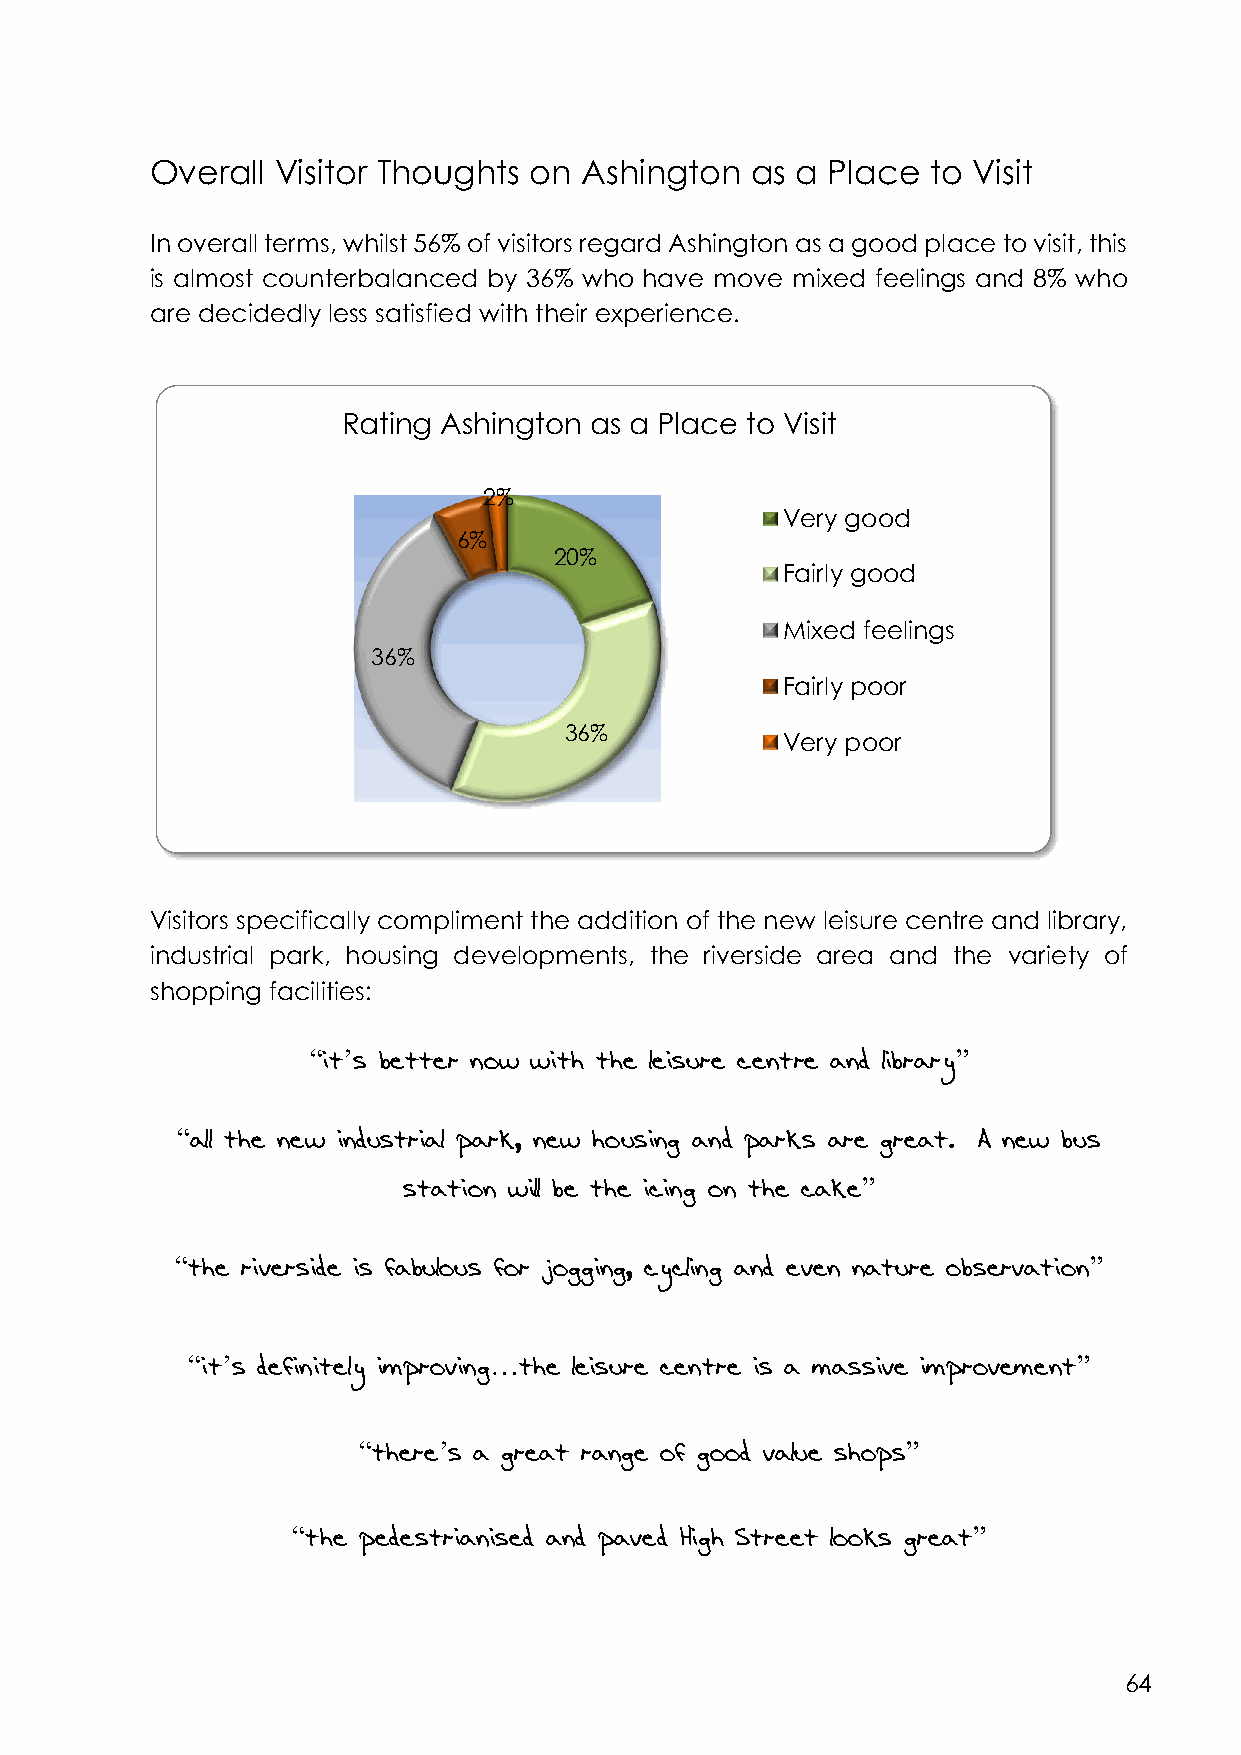
Overall Visitor Thoughts on Ashington   as a Place  to Visit
 In overall terms, whilst 56% of visitors regard Ashington as a good place to visit, this
 is almost counterbalanced by 36% who have move mixed feelings and 8% who
 are decidedly less satisfied with their experience.
 Rating Ashington as a Place to Visit
 2%
 Very good
 6%
 20%
 Fairly good
 Mixed feelings
 36%
 Fairly poor
 36%
 Very poor
 Visitors specifically compliment the addition of the new leisure centre and library,
 industrial park, housing developments, the riverside area and the variety of
 shopping facilities:
 “it’s better now with the leisure centre and library”
 “all the new industrial park, new housing and parks are great. A new bus
 station will be the icing on the cake”
 “the riverside is fabulous for jogging, cycling and even nature observation”
 “it’s definitely improving…the leisure centre is a massive improvement”
 “there’s a great range of good value shops”
 “the pedestrianised and paved High Street looks great”
 64